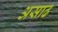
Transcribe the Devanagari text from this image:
असाढ